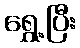
ရွှေ့ပြီး